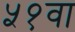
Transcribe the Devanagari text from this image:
५१वा